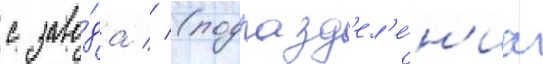
с заво́да // (подразд'ел'е́н'иа